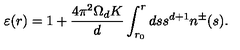
\varepsilon ( r ) = 1 + \frac { 4 \pi ^ { 2 } \Omega _ { d } K } { d } \int _ { r _ { 0 } } ^ { r } d s s ^ { d + 1 } n ^ { \pm } ( s ) .